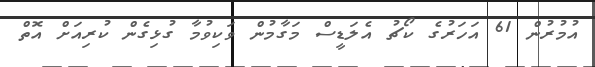
އުމުރުން 61 އަހަރުގެ ކޯޗު އެލަޑީސް މަގާމުން ވަކިވުމާ ގުޅިގެން ކުރިއަށް އޮތް